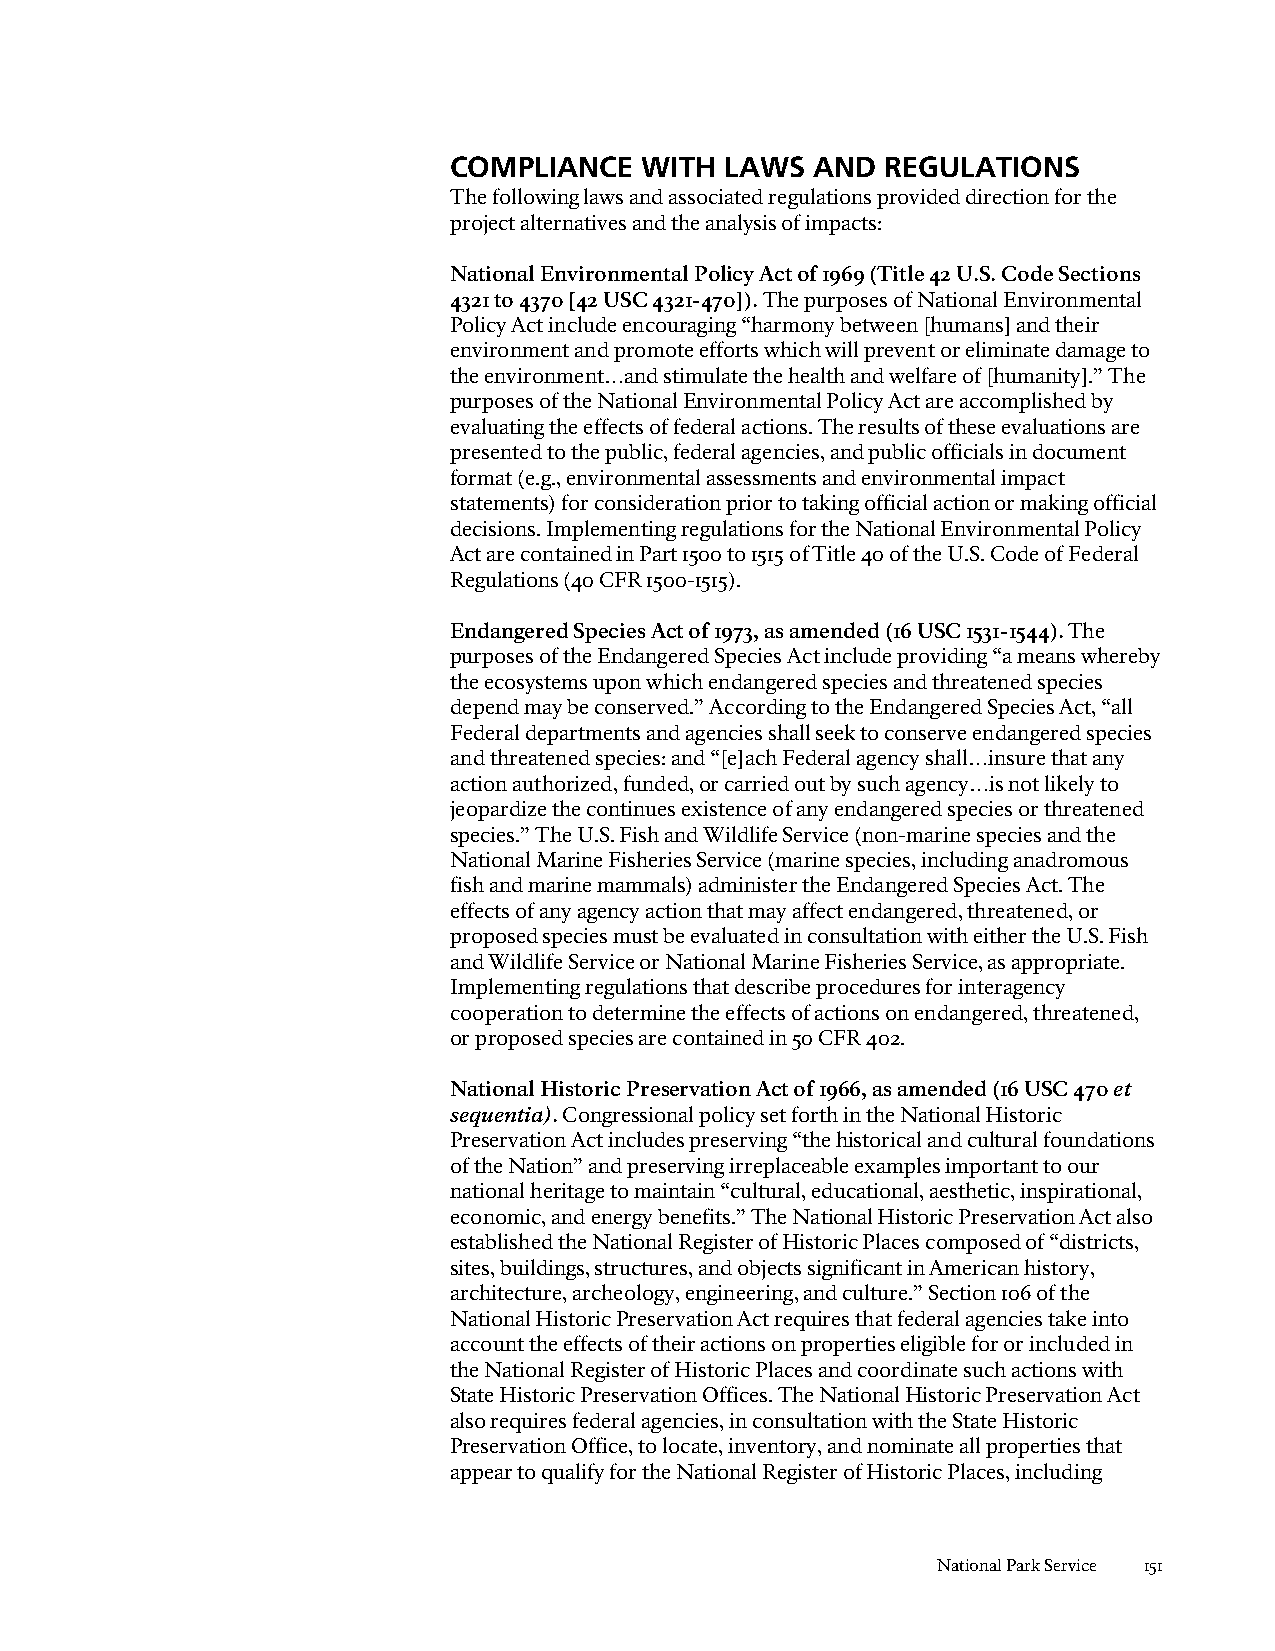
COMPLIANCE  WITH  LAWS  AND  REGULATIONS
 The following laws and associated regulations provided direction for the
 project alternatives and the analysis of impacts:
 National Environmental Policy Act of 1969 (Title 42 U.S. Code Sections
 4321 to 4370 [42 USC 4321-470]). The purposes of National Environmental
 Policy Act include encouraging “harmony between [humans] and their
 environment and promote efforts which will prevent or eliminate damage to
 the environment…and stimulate the health and welfare of [humanity].” The
 purposes of the National Environmental Policy Act are accomplished by
 evaluating the effects of federal actions. The results of these evaluations are
 presented to the public, federal agencies, and public officials in document
 format (e.g., environmental assessments and environmental impact
 statements) for consideration prior to taking official action or making official
 decisions. Implementing regulations for the National Environmental Policy
 Act are contained in Part 1500 to 1515 of Title 40 of the U.S. Code of Federal
 Regulations (40 CFR 1500-1515).
 Endangered Species Act of 1973, as amended (16 USC 1531-1544). The
 purposes of the Endangered Species Act include providing “a means whereby
 the ecosystems upon which endangered species and threatened species
 depend may be conserved.” According to the Endangered Species Act, “all
 Federal departments and agencies shall seek to conserve endangered species
 and threatened species: and “[e]ach Federal agency shall…insure that any
 action authorized, funded, or carried out by such agency…is not likely to
 jeopardize the continues existence of any endangered species or threatened
 species.” The U.S. Fish and Wildlife Service (non-marine species and the
 National Marine Fisheries Service (marine species, including anadromous
 fish and marine mammals) administer the Endangered Species Act. The
 effects of any agency action that may affect endangered, threatened, or
 proposed species must be evaluated in consultation with either the U.S. Fish
 and Wildlife Service or National Marine Fisheries Service, as appropriate.
 Implementing regulations that describe procedures for interagency
 cooperation to determine the effects of actions on endangered, threatened,
 or proposed species are contained in 50 CFR 402.
 National Historic Preservation Act of 1966, as amended (16 USC 470 et
 sequentia). Congressional policy set forth in the National Historic
 Preservation Act includes preserving “the historical and cultural foundations
 of the Nation” and preserving irreplaceable examples important to our
 national heritage to maintain “cultural, educational, aesthetic, inspirational,
 economic, and energy benefits.” The National Historic Preservation Act also
 established the National Register of Historic Places composed of “districts,
 sites, buildings, structures, and objects significant in American history,
 architecture, archeology, engineering, and culture.” Section 106 of the
 National Historic Preservation Act requires that federal agencies take into
 account the effects of their actions on properties eligible for or included in
 the National Register of Historic Places and coordinate such actions with
 State Historic Preservation Offices. The National Historic Preservation Act
 also requires federal agencies, in consultation with the State Historic
 Preservation Office, to locate, inventory, and nominate all properties that
 appear to qualify for the National Register of Historic Places, including
 National Park Service 151